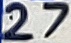
Text: 27